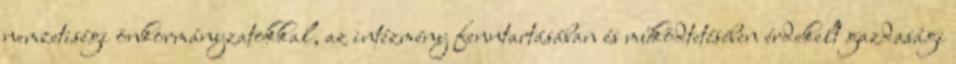
nemzetiségi önkormányzatokkal, az intézmény fenntartásában és működtetésében érdekelt gazdasági